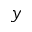
\boldsymbol { y }